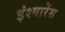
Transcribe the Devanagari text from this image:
इंश्यारेंस